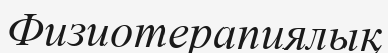
Физиотерапиялық